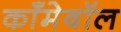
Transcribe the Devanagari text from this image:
काँमेबॉल